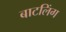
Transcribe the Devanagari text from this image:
बाटलिंग